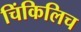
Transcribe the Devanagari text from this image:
चिंकिलिच